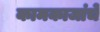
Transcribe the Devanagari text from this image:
कामकाजांचे